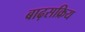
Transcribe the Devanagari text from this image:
बाढ़सक्रिय